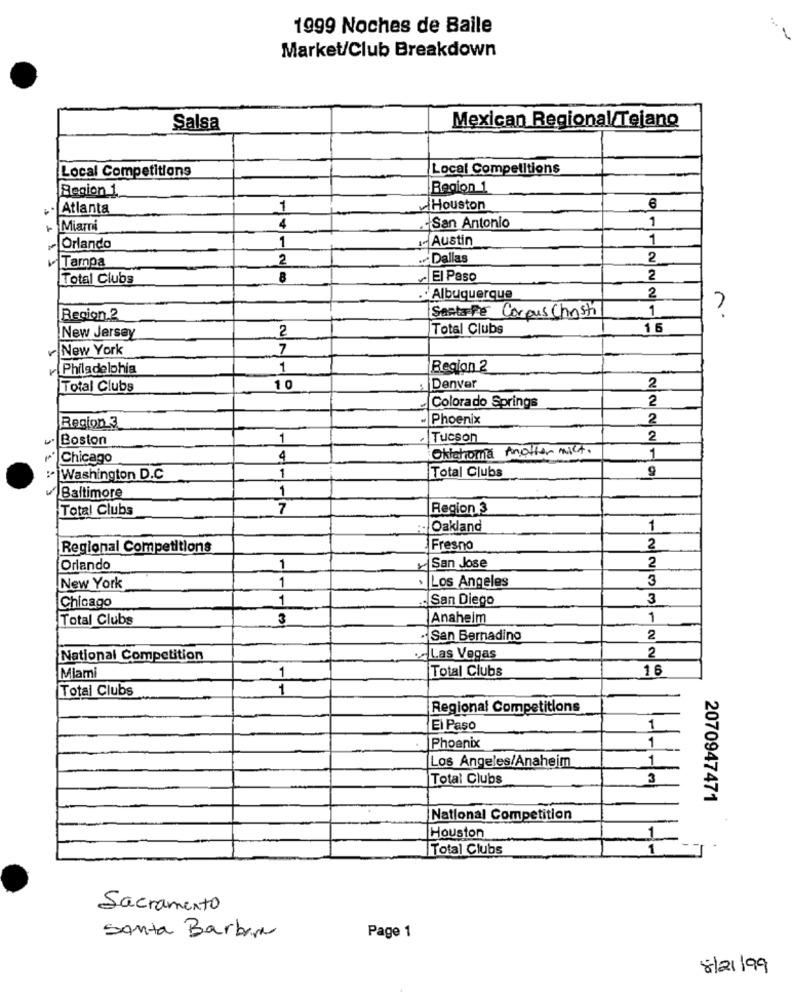
1999 Noches de Baile
Market/Club Breakdown
Salsa
Mexican Regional/Tejano
Local Competitions
Local Competitions
Region 1
Region 1
Atlanta
1
Houston
1
+ Miami
4
-San Antonio
1
I- Austin
1
Orlando
Tampa
2
Dallas
2
Total Clubs
8
El Paso
2
.. Albuquerque
2
1
?
Region.2
Santafe Corpus Christi
2
Total Clubs
16
New Jersey
New York
7
ve Philadelphia
1
Region 2
Total Clubs
10
Denver
2
Colorado Springs
2
Phoenix
2
Region 3
4ª Boston
1
Tucson
2
Oklahoma Another nict.
Chicago
4
1
Total Clubs
: Washington D.C
1
1
Baltimore
Total Clubs
7
Region 3
Oakland
1
Regional Competitions
Fresno
2
Orlando
1
San Jose
2
Los Angeles
3
New York
1
Chicago
1
San Diego
3
Total Clubs
3
Anaheim
1
·San Bernadino
2
National Competition
Las Vegas
2
Total Clubs
16
Miami
1
Total Clubs
1
Regional Competitions
El Paso
1
Phoenix
1
Los Angeles/Anaheim
1
Total Clubs
3
2070947471
National Competition
Houston
1
Total Clubs
1
Sacramento
Santa Barbara
Page 1
8/21/99